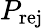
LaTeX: P_{\mathrm{rej}}